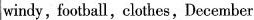
windy,football,clothes,December